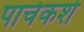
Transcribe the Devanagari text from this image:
पाचेकशे